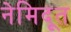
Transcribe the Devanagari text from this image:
नेमिदूत